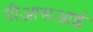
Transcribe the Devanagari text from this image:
पीआसआई